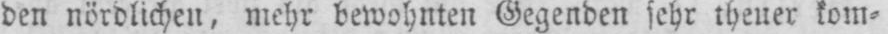
den nördlichen, mehr bewohnten Gegenden sehr theuer kom⸗